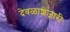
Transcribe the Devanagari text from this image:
देवळाशेजारी